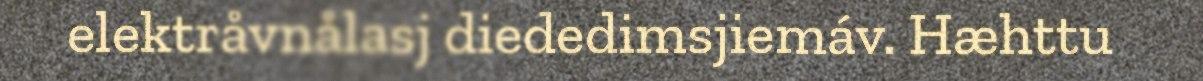
elektråvnålasj diededimsjiemáv. Hæhttu